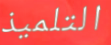
التلميذ